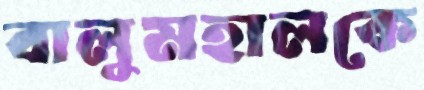
বালুমহালকে